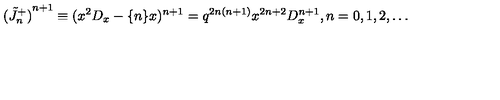
{ ( \tilde { J } _ { n } ^ { + } ) } ^ { n + 1 } \equiv ( x ^ { 2 } D _ { x } - \{ n \} x ) ^ { n + 1 } = q ^ { 2 n ( n + 1 ) } x ^ { 2 n + 2 } D _ { x } ^ { n + 1 } , n = 0 , 1 , 2 , \ldots